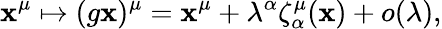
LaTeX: \mathbf{x}^{\mu}\mapsto(g\mathbf{x})^{\mu}=\mathbf{x}^{\mu}+\lambda^{\alpha}\zeta_{\alpha}^{\mu}(\mathbf{x})+o(\lambda),